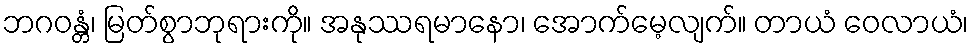
ဘဂဝန္တံ၊ မြတ်စွာဘုရားကို။ အနုဿရမာနော၊ အောက်မေ့လျက်။ တာယံ ဝေလာယံ၊